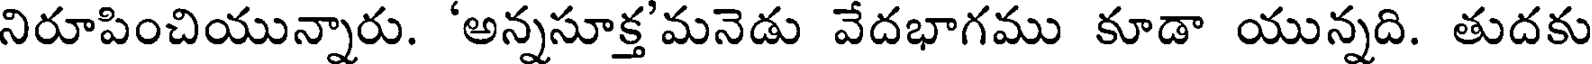
నిరూపించియున్నారు. 'అన్నసూక్త'మనెడు వేదభాగము కూడా యున్నది. తుదకు